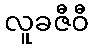
လူခဇီဝီ